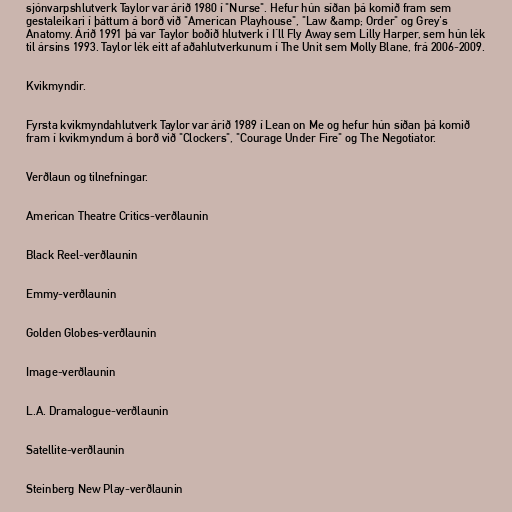
sjónvarpshlutverk Taylor var árið 1980 í "Nurse". Hefur hún síðan þá komið fram sem
gestaleikari í þáttum á borð við "American Playhouse", "Law &amp; Order" og Grey's
Anatomy. Árið 1991 þá var Taylor boðið hlutverk í I´ll Fly Away sem Lilly Harper, sem hún lék
til ársins 1993. Taylor lék eitt af aðahlutverkunum í The Unit sem Molly Blane, frá 2006-2009.

Kvikmyndir.

Fyrsta kvikmyndahlutverk Taylor var árið 1989 í Lean on Me og hefur hún síðan þá komið
fram í kvikmyndum á borð við "Clockers", "Courage Under Fire" og The Negotiator.

Verðlaun og tilnefningar.

American Theatre Critics-verðlaunin

Black Reel-verðlaunin

Emmy-verðlaunin

Golden Globes-verðlaunin

Image-verðlaunin

L.A. Dramalogue-verðlaunin

Satellite-verðlaunin

Steinberg New Play-verðlaunin